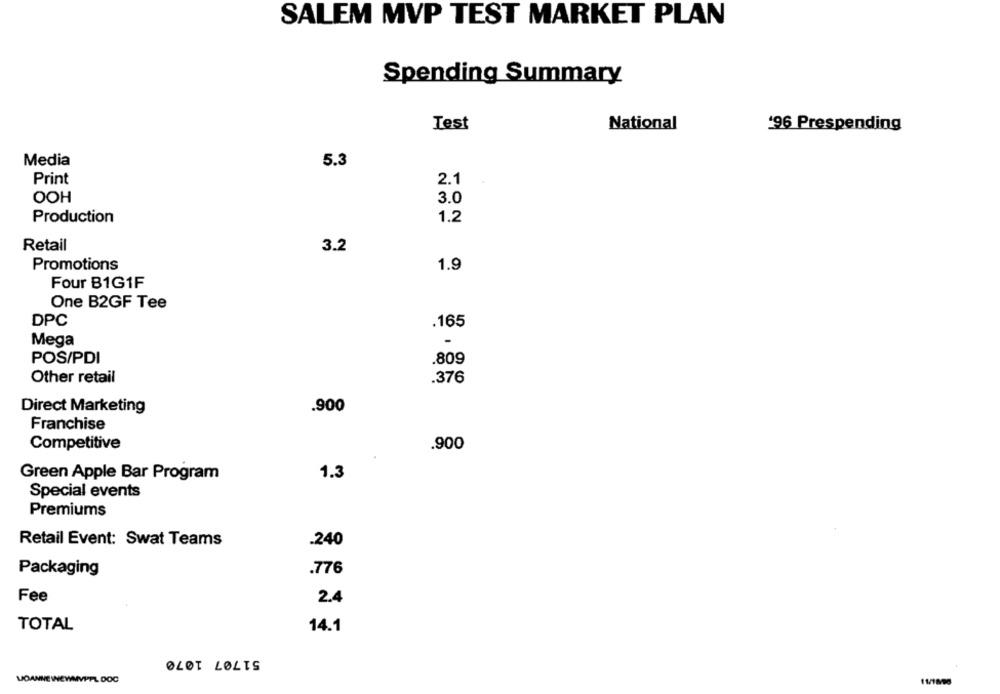
SALEM MVP TEST MARKET PLAN
Spending Summary
Test
National
'96 Prespending
Media
5.3
Print
2.1
OOH
3.0
Production
1.2
Retail
3.2
Promotions
1.9
Four B1G1F
One B2GF Tee
DPC
.165
Mega
POS/PDI
.809
Other retail
.376
Direct Marketing
.900
Franchise
Competitive
.900
Green Apple Bar Program
1.3
Special events
Premiums
Retail Event: Swat Teams
.240
Packaging
.776
Fee
2.4
TOTAL
14.1
OLOT LØLTS
JOANNE WNEWMVPPL DOC
11/1890